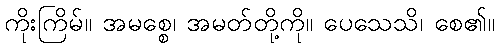
ကိုးကြိမ်။ အမစ္စေ၊ အမတ်တို့ကို။ ပေသေသိ၊ စေ၏။